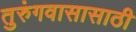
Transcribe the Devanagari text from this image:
तुरुंगवासासाठी